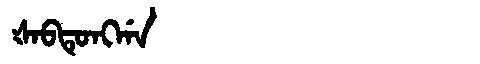
Manchu: ᡧᠠᠪᡨᡠᠩᡤᠠ
Romanization: ŠABTUNGGA